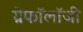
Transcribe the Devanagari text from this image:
ग्रेफॉलॉजी